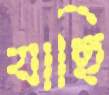
যাছি